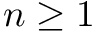
n \geq 1